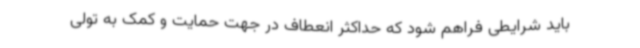
باید شرایطی فراهم شود که حداکثر انعطاف در جهت حمایت و کمک به تولی